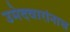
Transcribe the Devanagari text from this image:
उमेदवारांनाच